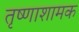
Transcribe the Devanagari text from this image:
तृष्णाशामक